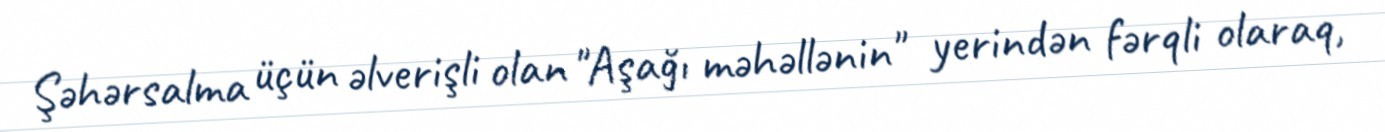
Şəhərsalma üçün əlverişli olan "Aşağı məhəllənin" yerindən fərqli olaraq,